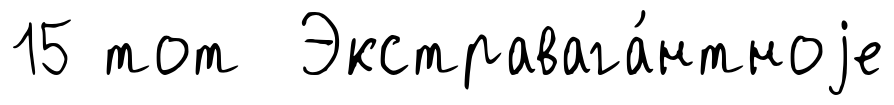
15 тот Экстравага́нтноjе